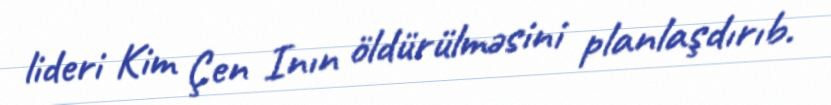
lideri Kim Çen Inın öldürülməsini planlaşdırıb.